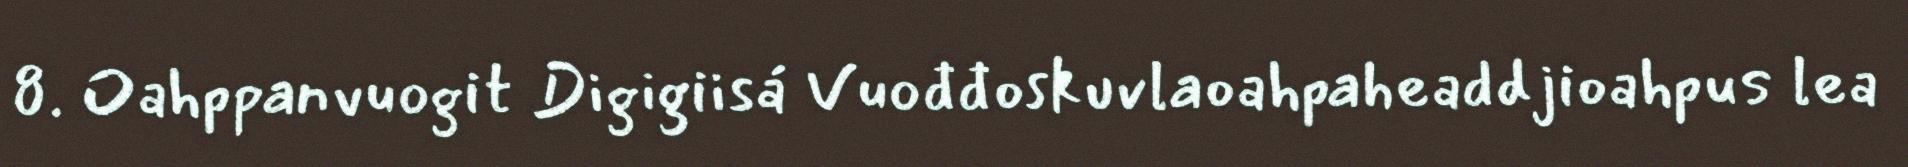
8. Oahppanvuogit Digigiisá Vuođđoskuvlaoahpaheaddjioahpus lea